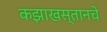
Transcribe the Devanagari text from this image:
कझाखस्तानचे